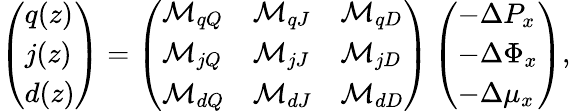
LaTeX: \begin{array}{r}{\left(\begin{array}{l}{q(z)}\\ {j(z)}\\ {d(z)}\end{array}\right)=\left(\begin{array}{lll}{\mathcal{M}_{qQ}}&{\mathcal{M}_{qJ}}&{\mathcal{M}_{qD}}\\ {\mathcal{M}_{jQ}}&{\mathcal{M}_{jJ}}&{\mathcal{M}_{jD}}\\ {\mathcal{M}_{dQ}}&{\mathcal{M}_{dJ}}&{\mathcal{M}_{dD}}\end{array}\right)\left(\begin{array}{l}{-\Delta P_{x}}\\ {-\Delta\Phi_{x}}\\ {-\Delta\mu_{x}}\end{array}\right),}\end{array}